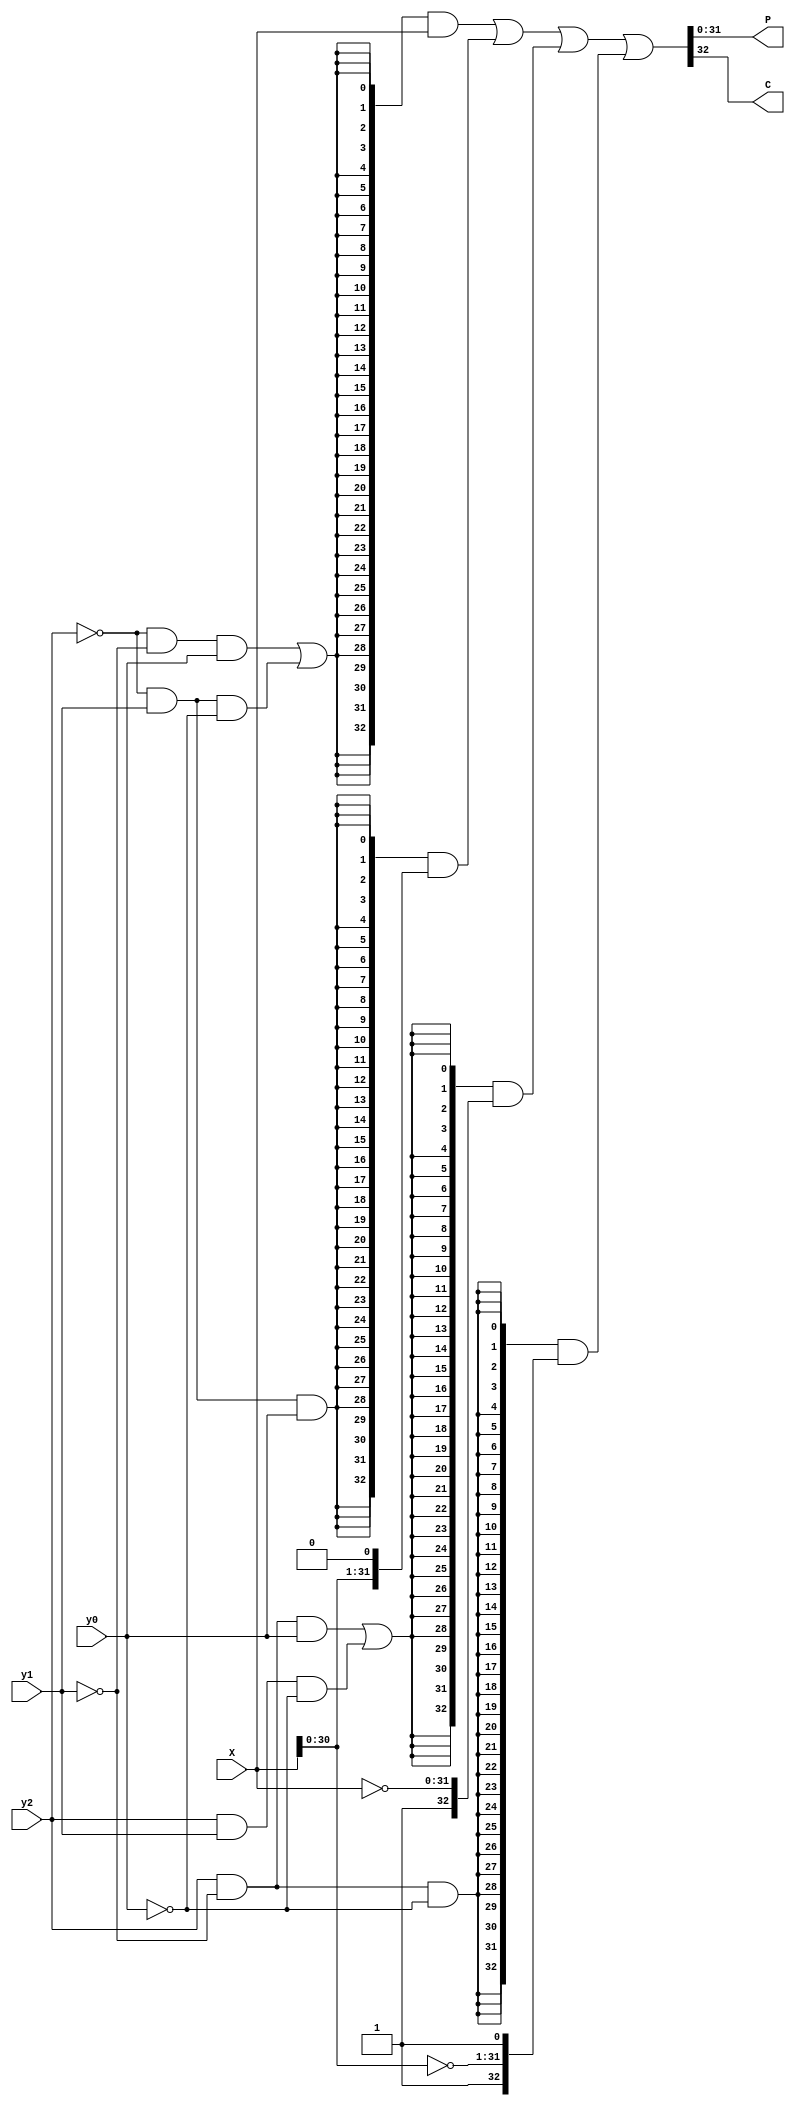
module booth_selector(
    input               y0,
    input               y1,
    input               y2,
    input   [31: 0]     X,
    
    output  [31: 0]     P,
    output              C
    );
    
    wire    [32: 0]     negX;
    wire    [32: 0]     neg2X;
    wire    [32: 0]     pos2X;
    wire    [32: 0]     posX;
    
    assign negX  = {1'b1, ~X};
    assign posX  = {1'b0,  X};
    assign neg2X = {1'b1, ~X[30: 0], 1'b1};
    assign pos2X = {1'b0,  X[30: 0], 1'b0};
    
    assign {C, P} = {33{~y2 & ~y1 &  y0 | ~y2 &  y1 & ~y0}} & posX  |
                    {33{~y2 &  y1 &  y0}}                   & pos2X |
                    {33{ y2 & ~y1 &  y0 |  y2 &  y1 & ~y0}} & negX  |
                    {33{ y2 & ~y1 & ~y0}}                   & neg2X;
    
endmodule